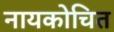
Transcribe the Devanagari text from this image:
नायकोचित